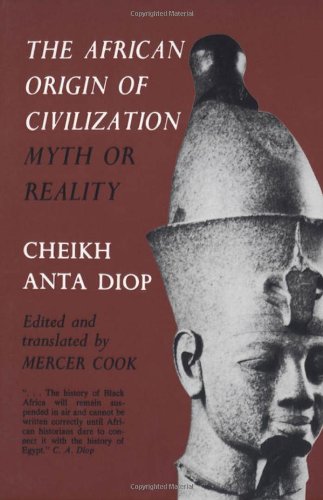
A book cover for The African Origin of Civilization: Myth or Reality; Cheikh Anta Diop; Science & Math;